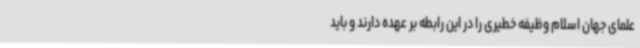
علمای جهان اسلام وظیفه خطیری را در این رابطه بر عهده دارند و باید